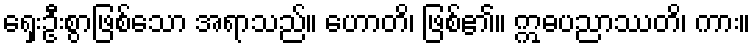
ရှေးဦးစွာဖြစ်သော အရာသည်။ ဟောတိ၊ ဖြစ်၏။ ဣဓပညာဿတိ၊ ကား။